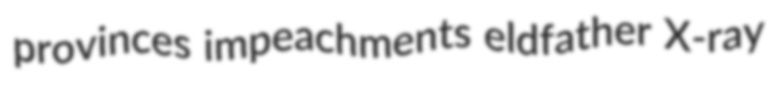
provinces impeachments eldfather X-ray